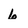
Character: 6